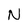
Character: N